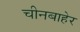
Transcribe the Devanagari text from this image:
चीनबाहेर